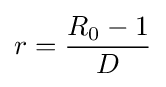
r={\frac {R_{0}-1}{D}}